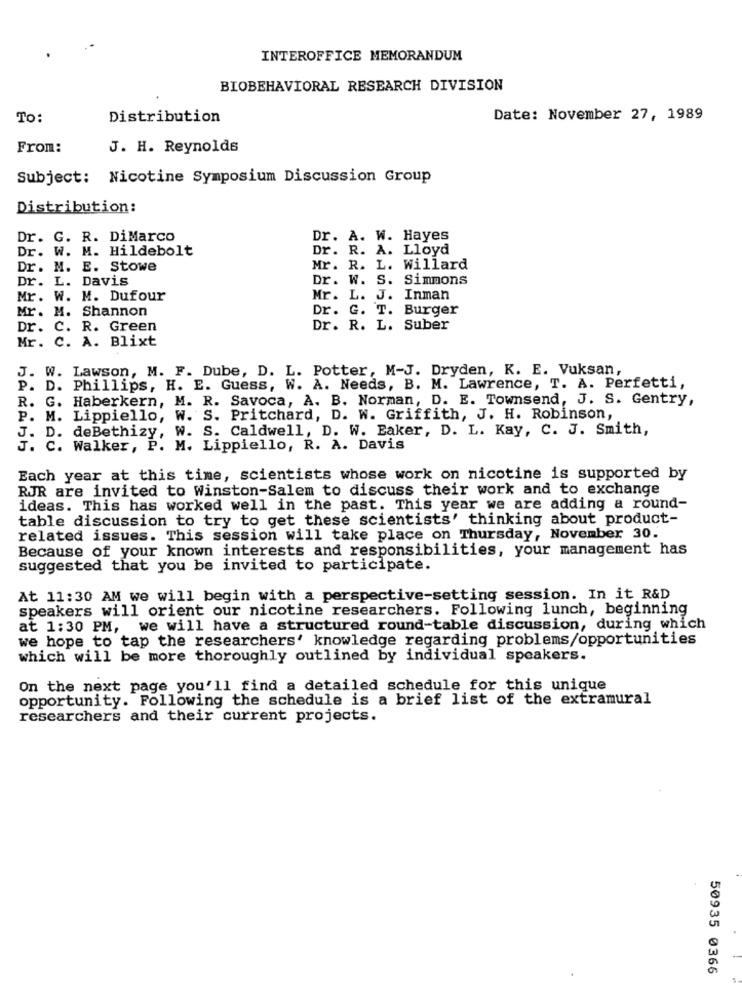
INTEROFFICE MEMORANDUM
BIOBEHAVIORAL RESEARCH DIVISION
To:
Distribution
Date: November 27, 1989
From:
J. H. Reynolds
Subject: Nicotine Symposium Discussion Group
Distribution:
Dr. G. R. DiMarco
Dr. A. W. Hayes
Dr. W. M. Hildebolt
Dr. R. A. Lloyd
Dr. M. E. Stowe
Mr. R. L. Willard
Dr. L. Davis
Dr. W. S. Simmons
Mr. W. M. Dufour
Mr. L. J. Inman
Mr. M. Shannon
Dr. G. T. Burger
Dr.
C. R. Green
Dr. R. L. Suber
Mr. C. A. Blixt
J. W. Lawson, M. F. Dube, D. L. Potter, M-J. Dryden, K. E. Vuksan,
P. D. Phillips, H. E. Guess, W. A. Needs, B. M. Lawrence, T. A. Perfetti,
R. G. Haberkern, M. R. Savoca, A. B. Norman, D. E. Townsend, J. S. Gentry,
P. M. Lippiello, W. S. Pritchard, D. W. Griffith, J. H. Robinson,
J. D. deBethizy, W. S. Caldwell, D. W. Baker, D. L. Kay, C. J. Smith,
J. C. Walker, P. M. Lippiello, R. A. Davis
Each year at this time, scientists whose work on nicotine is supported by
RJR are invited to Winston-Salem to discuss their work and to exchange
ideas. This has worked well in the past. This year we are adding a round-
table discussion to try to get these scientists' thinking about product-
related issues. This session will take place on Thursday, November 30.
Because of your known interests and responsibilities, your management has
suggested that you be invited to participate.
At 11:30 AM we will begin with a perspective-setting session. In it R&D
speakers will orient our nicotine researchers. Following lunch, beginning
at 1:30 PM, we will have a structured round-table discussion, during which
we hope to tap the researchers' knowledge regarding problems/opportunities
which will be more thoroughly outlined by individual speakers.
On the next page you'll find a detailed schedule for this unique
opportunity. Following the schedule is a brief list of the extramural
researchers and their current projects.
50935 0366